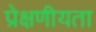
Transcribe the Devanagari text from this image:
प्रेक्षणीयता